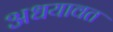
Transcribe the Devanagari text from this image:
अधयावत